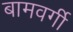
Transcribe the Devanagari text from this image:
बामवर्गी